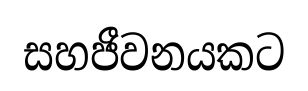
සහජීවනයකට